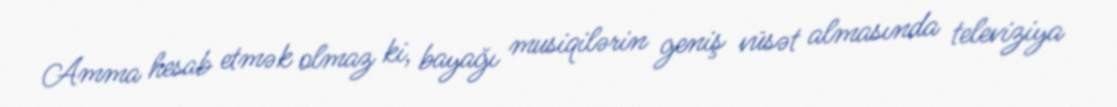
Amma hesab etmək olmaz ki, bayağı musiqilərin geniş vüsət almasında televiziya